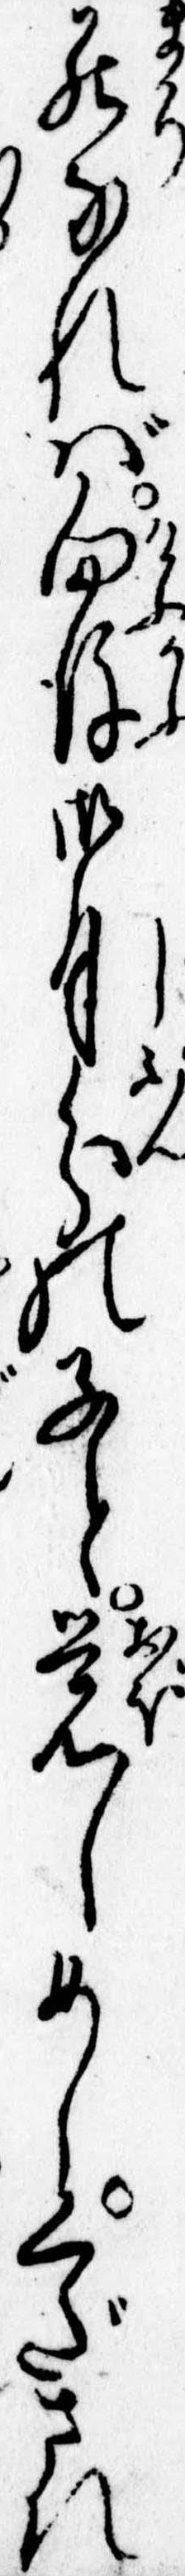
罷なれば向後御自分の子と覚しめしくだされ